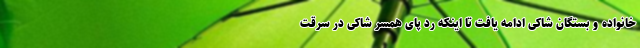
خانواده و بستگان شاکی ادامه یافت تا اینکه رد پای همسر شاکی در سرقت